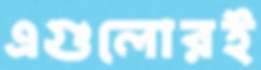
এগুলোরই